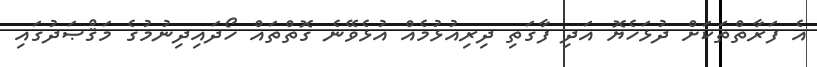
އެ ފަރާތްތަކަށް ދުޅަހެޔޮ އަދި ފާގަތި ދިރިއުޅުމެއް އުޅެވޭނެ ގޮތްތައް ހޯދައިދިނުމުގެ މަޤްޞަދުގައި